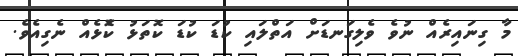
މާ ގިނައިރެއް ނުވެ ވެލިގަނޑަށް އަތްލައި ކުޑަ ކުޑަ ކޮތަޅު ކޮެޅެއް ނެގިއެވެ.